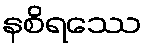
နစိရဿေ